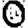
Digit: 0